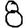
Digit: 8